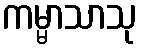
ကမ္မာသာသု